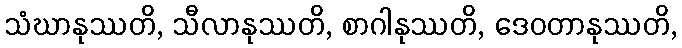
သံဃာနုဿတိ, သီလာနုဿတိ, စာဂါနုဿတိ, ဒေဝတာနုဿတိ,